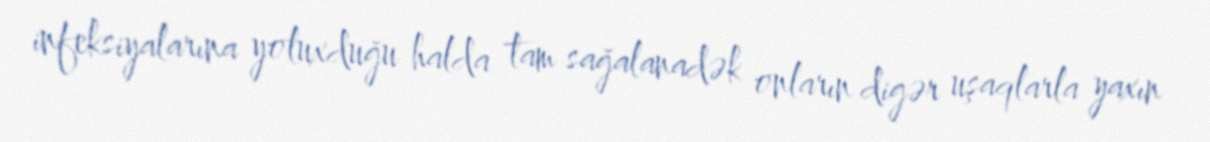
infeksiyalarına yoluxduğu halda tam sağalanadək onların digər uşaqlarla yaxın